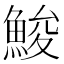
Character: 鮻